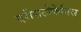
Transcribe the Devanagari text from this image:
एरीसटोफेनिस